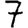
Digit: 7